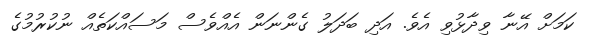
ކަމަށް އޭނާ ވިދާޅުވި އެވެ. އަދި ބަދަލު ގެންނަން އެއްވެސް މަސައްކަތެއް ނުކުރުމުގެ